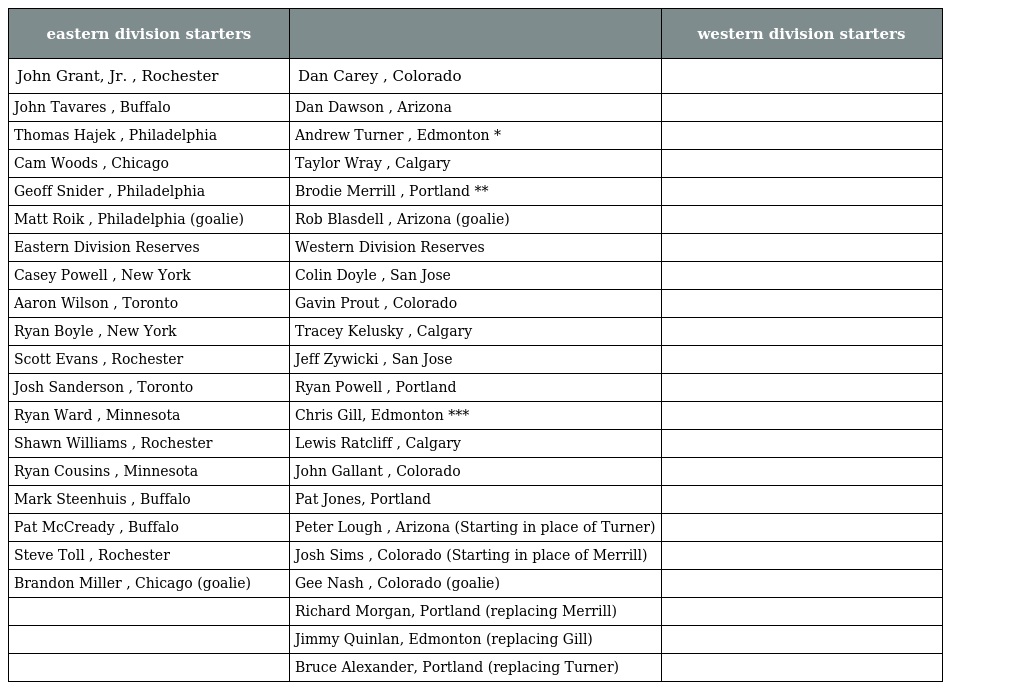
| eastern division starters |  | western division starters |
 | --- | --- | --- |
 | John Grant, Jr. , Rochester | Dan Carey , Colorado |  |
 | John Tavares , Buffalo | Dan Dawson , Arizona |  |
 | Thomas Hajek , Philadelphia | Andrew Turner , Edmonton * |  |
 | Cam Woods , Chicago | Taylor Wray , Calgary |  |
 | Geoff Snider , Philadelphia | Brodie Merrill , Portland ** |  |
 | Matt Roik , Philadelphia (goalie) | Rob Blasdell , Arizona (goalie) |  |
 | Eastern Division Reserves | Western Division Reserves |  |
 | Casey Powell , New York | Colin Doyle , San Jose |  |
 | Aaron Wilson , Toronto | Gavin Prout , Colorado |  |
 | Ryan Boyle , New York | Tracey Kelusky , Calgary |  |
 | Scott Evans , Rochester | Jeff Zywicki , San Jose |  |
 | Josh Sanderson , Toronto | Ryan Powell , Portland |  |
 | Ryan Ward , Minnesota | Chris Gill, Edmonton *** |  |
 | Shawn Williams , Rochester | Lewis Ratcliff , Calgary |  |
 | Ryan Cousins , Minnesota | John Gallant , Colorado |  |
 | Mark Steenhuis , Buffalo | Pat Jones, Portland |  |
 | Pat McCready , Buffalo | Peter Lough , Arizona (Starting in place of Turner) |  |
 | Steve Toll , Rochester | Josh Sims , Colorado (Starting in place of Merrill) |  |
 | Brandon Miller , Chicago (goalie) | Gee Nash , Colorado (goalie) |  |
 |  | Richard Morgan, Portland (replacing Merrill) |  |
 |  | Jimmy Quinlan, Edmonton (replacing Gill) |  |
 |  | Bruce Alexander, Portland (replacing Turner) |  |